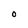
Character: O